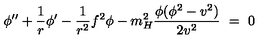
\phi ^ { \prime \prime } + \frac 1 r \phi ^ { \prime } - \frac 1 { r ^ { 2 } } f ^ { 2 } \phi - m _ { H } ^ { 2 } \frac { \phi ( \phi ^ { 2 } - v ^ { 2 } ) } { 2 v ^ { 2 } } \ = \ 0